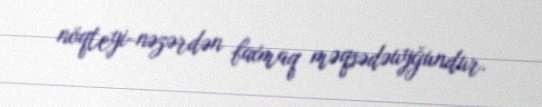
nöqteyi-nəzərdən baxmaq məqsədəuyğundur.